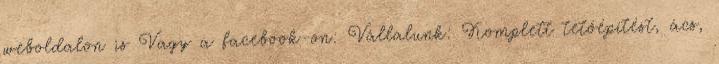
weboldalon is Vagy a facebook-on: Vállalunk: Komplett tetőépítést, ács,